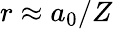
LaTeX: r\approx a_{0}/Z